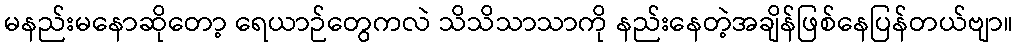
မနည်းမနောဆိုတော့ ရေယာဉ်တွေကလဲ သိသိသာသာကို နည်းနေတဲ့အချိန်ဖြစ်နေပြန်တယ်ဗျာ။